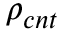
\rho _ { c n t }